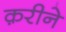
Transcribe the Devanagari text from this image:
क़रीने